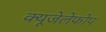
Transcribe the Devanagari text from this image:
क्‍यूजेलेफोप